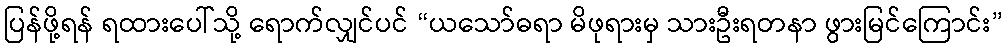
ပြန်ဖို့ရန် ရထားပေါ်သို့ ရောက်လျှင်ပင် “ယသော်ဓရာ မိဖုရားမှ သားဦးရတနာ ဖွားမြင်ကြောင်း”